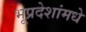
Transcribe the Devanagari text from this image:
भूप्रदेशांमधे